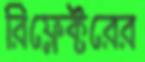
রিফ্লেক্টরের